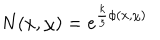
LaTeX: N ( x , \chi ) = e ^ { { \frac { k } { 3 } } \phi ( x , \chi ) }